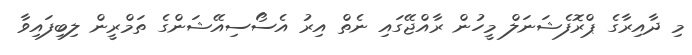
މި ދާއިރާގެ ޕްރޮފެޝަނަލް މީހުން ރާއްޖޭގައި ނެތް އިރު އެސޯސިއޭޝަންގެ ތަމްރީން ލިބިފައިވާ